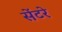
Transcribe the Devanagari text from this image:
सेंटरे